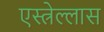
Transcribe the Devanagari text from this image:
एस्त्रेल्लास